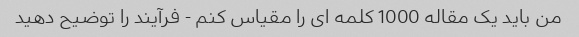
من باید یک مقاله 1000 کلمه ای را مقیاس کنم - فرآیند را توضیح دهید